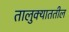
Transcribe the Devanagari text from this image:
तालुक्याततील